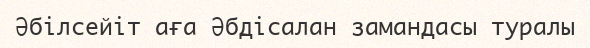
Әбілсейіт аға Әбдісалан замандасы туралы